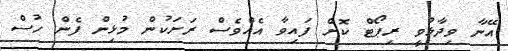
އޭނާ ވިދާޅުވީ ރިޕޯޓް ކޮށް ފައިވާ އެއްވެސް ރަށަކުން މުޅިން ފެން ހުސް